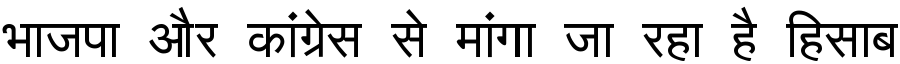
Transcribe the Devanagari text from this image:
भाजपा और कांग्रेस से मांगा जा रहा है हिसाब